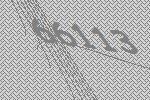
66113